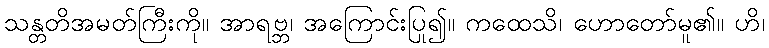
သန္တတိအမတ်ကြီးကို။ အာရဗ္ဘ၊ အကြောင်းပြု၍။ ကထေသိ၊ ဟောတော်မူ၏။ ဟိ၊